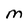
Character: M